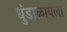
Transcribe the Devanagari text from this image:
धुंडाळायला